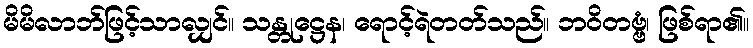
မိမိလာဘ်ဖြင့်သာလျှင်။ သန္တုဋ္ဌေန၊ ရောင့်ရဲတတ်သည်။ ဘဝိတဗ္ဗံ၊ ဖြစ်ရာ၏။